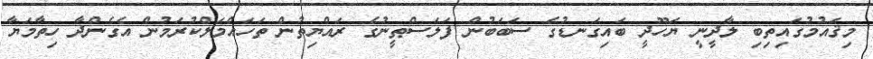
މިޤައުމުގައިތިބި ލާދީނީ ޔަހޫދީ ބައިގަނޑުގެ ސަބަބުން ފަލަސްޠީނުގެ ރައްޔިތުން ތަހައްމަލްކުރަމުން އެގެންދާ ހިތާމަޔާ